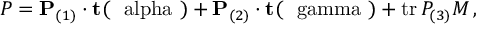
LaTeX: P = { \bf P } _ { ( 1 ) } \cdot { \bf t } ( { \mathrm { \boldmath ~ \ a l p h a ~ } } ) + { \bf P } _ { ( 2 ) } \cdot { \bf t } ( { \mathrm { \boldmath ~ \ g a m m a ~ } } ) + \mathrm { t r } \, P _ { ( 3 ) } M \, ,